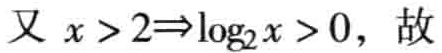
又 \(x > 2\Rightarrow\log_2 x > 0\)，故